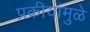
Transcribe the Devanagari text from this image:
प्रक्रीयांमुळे